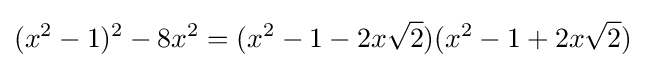
(x^{2}-1)^{2}-8x^{2}=(x^{2}-1-2x{\sqrt {2}})(x^{2}-1+2x{\sqrt {2}})